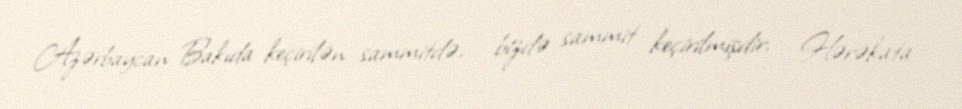
Azərbaycan Bakıda keçirilən sammitdə, - bizdə sammit keçirilmişdir, - Hərəkata